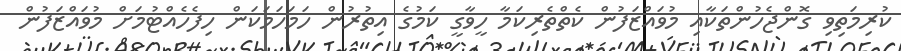
ކުރިމަތިވި ގޮންޖެހުންތަކާއި މުވައްޒަފުން ކެތްތެރިކަމާ ހީވާގީ ކަމުގެ އިތުރުން ހަމަހަމަކަން ހިފެހެއްޓުމަށް މުވައްޒަފުން